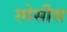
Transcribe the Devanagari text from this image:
स्पेसीस